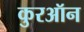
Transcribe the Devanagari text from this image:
कुरऑन